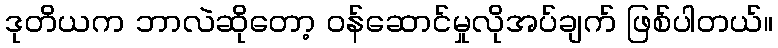
ဒုတိယက ဘာလဲဆိုတော့ ဝန်ဆောင်မှုလိုအပ်ချက် ဖြစ်ပါတယ်။